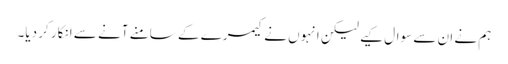
ہم نے ان سے سوال کیے لیکن انہوں نے کیمرے کے سامنے آنے سے انکار کر دیا۔